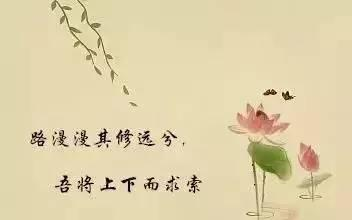
路漫漫其修远兮，吾将上下而求索。